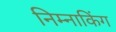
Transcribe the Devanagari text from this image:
निम्नाकिंग